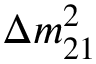
\Delta m _ { 2 1 } ^ { 2 }